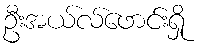
ဦးအယ်လ်ဖောင်းရှို